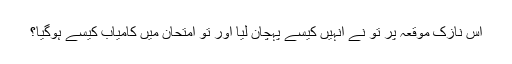
اس نازک موقعہ پر تو نے انہیں کیسے پہچان لیا اور تو امتحان میں کامیاب کیسے ہوگیا؟